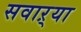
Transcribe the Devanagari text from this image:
सवाऱ्या